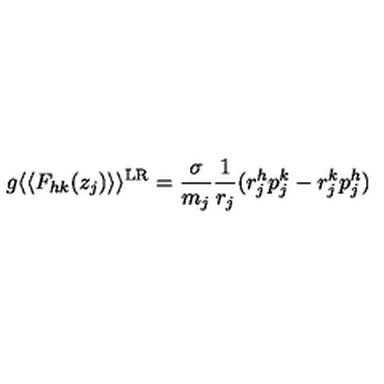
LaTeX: g \langle \langle F _ { h k } ( z _ { j } ) \rangle \rangle ^ { \mathrm { L R } } = \frac { \sigma } { m _ { j } } \frac { 1 } { r _ { j } } ( r _ { j } ^ { h } p _ { j } ^ { k } - r _ { j } ^ { k } p _ { j } ^ { h } )